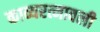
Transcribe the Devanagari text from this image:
काव्यरत्नावली